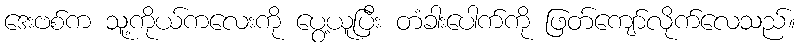
ဒေးဗစ်က သူ့ကိုယ်ကလေးကို ပွေ့ယူပြီး တံခါးပေါက်ကို ဖြတ်ကျော်လိုက်လေသည်။